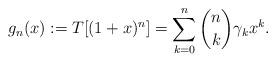
LaTeX: \begin{align*}g_n(x):=T[(1+x)^n]=\sum_{k=0}^n \binom{n}{k}\gamma_kx^k.\end{align*}